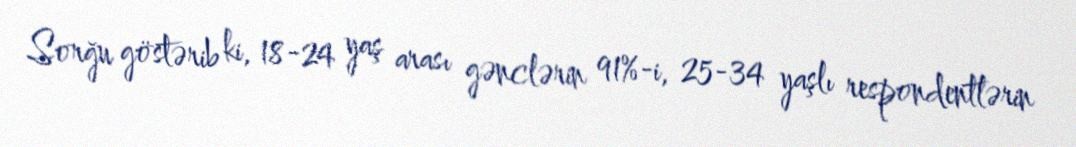
Sorğu göstərib ki, 18-24 yaş arası gənclərin 91%-i, 25-34 yaşlı respondentlərin